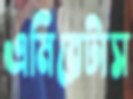
এমিরেটাস